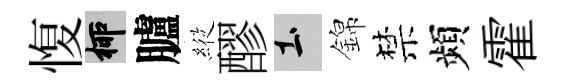
愎柳臚𦂵醪土錦禁頻霍